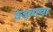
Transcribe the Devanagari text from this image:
वेड्याचा